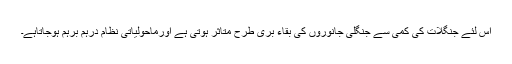
اس لئے جنگلات کی کمی سے جنگلی جانوروں کی بقاء بری طرح متاثر ہوتی ہے اورماحولیاتی نظام درہم برہم ہوجاتاہے۔